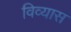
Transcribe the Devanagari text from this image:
विव्यास